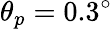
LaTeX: \theta_{p}=0.3^{\circ}